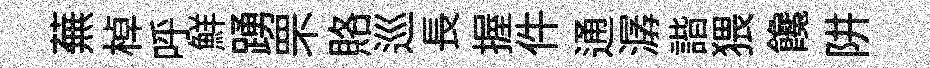
蕪棹呼鮮踴罘賂巡長握件通潺諧猥饞阱